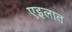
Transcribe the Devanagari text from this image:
एइलात